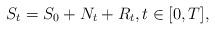
LaTeX: \begin{align*}S_t= S_0+N_t+ R_t, t \in [0,T],\end{align*}